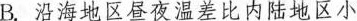
B.沿海地区昼夜温差比内陆地区小